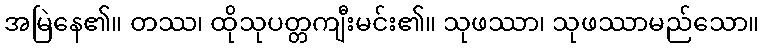
အမြဲနေ၏။ တဿ၊ ထိုသုပတ္တကျီးမင်း၏။ သုဖဿာ၊ သုဖဿာမည်သော။